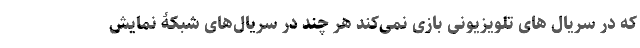
که در سریال های تلویزیونی بازی نمی‌کند هر چند در سریال‌های شبکۀ نمایش